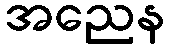
အညေန